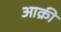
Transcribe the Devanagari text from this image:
आक्री